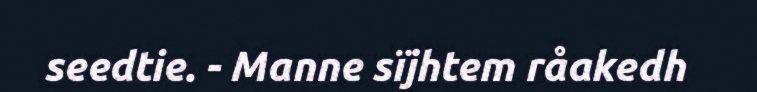
seedtie. - Manne sïjhtem råakedh